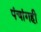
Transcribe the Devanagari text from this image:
पंचांगही